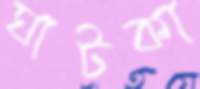
ঘাটকা